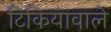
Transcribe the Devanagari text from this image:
टिकियावाले